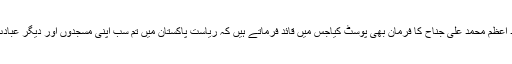
اپنی ٹویٹ کے ساتھ انہوں نے قائد اعظم محمد علی جناح کا فرمان بھی پوسٹ کیاجس میں قائد فرماتے ہیں کہ ریاست پاکستان میں تم سب اپنی مسجدوں اور دیگر عبادت گاہوں میں جانے کیلئے آزاد ہو۔